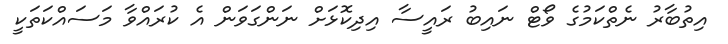
އިތުބާރު ނެތްކަމުގެ ވޯޓް ނައިބު ރައީސާ އިދިކޮޅަށް ނަންގަވަން އެ ކުރައްވާ މަސައްކަތަކީ